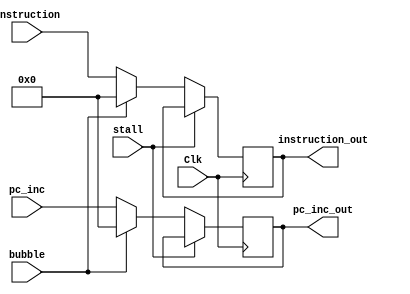
module if_reg(
        // input
        input               Clk,
        input               bubble,
        input               stall,
        input       [31:0]  pc_inc,
        input       [31:0]  instruction,
        //output
        output reg  [31:0]  pc_inc_out,
        output reg  [31:0]  instruction_out
    );

    parameter RNONE = 0;

    always @ (posedge Clk) begin
        if (stall == 1'b1) begin
            pc_inc_out <= pc_inc_out;
            instruction_out <= instruction_out;
        end 
        else if (bubble == 1'b1) begin
            pc_inc_out <= RNONE;
            instruction_out <= RNONE;
        end
        else begin
            pc_inc_out <= pc_inc;
            instruction_out <= instruction;
        end
    end

    initial begin
        pc_inc_out <= RNONE;
        instruction_out <= RNONE;
    end
endmodule